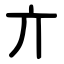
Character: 亣